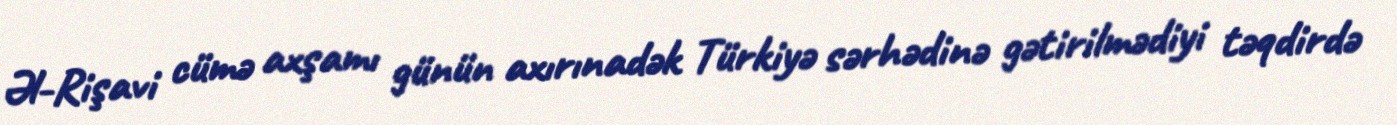
Əl-Rişavi cümə axşamı günün axırınadək Türkiyə sərhədinə gətirilmədiyi təqdirdə